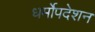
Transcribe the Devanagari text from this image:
धर्मोपदेशन